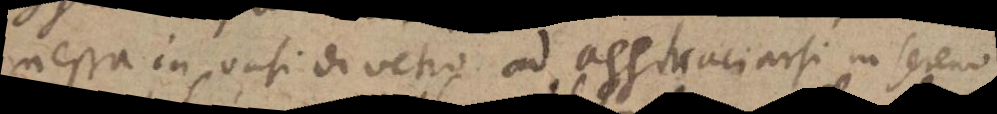
messa in vasi di vetro ad agghiacciarsi in sereno.